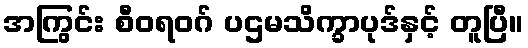
အကြွင်း စီဝရဝဂ် ပဌမသိက္ခာပုဒ်နှင့် တူပြီ။